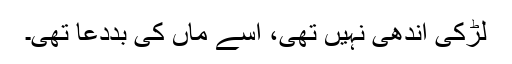
لڑکی اندھی نہیں تھی، اسے ماں‌ کی بددعا تھی۔